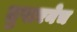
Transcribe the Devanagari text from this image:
तुषारनेच